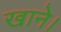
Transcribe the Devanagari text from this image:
खाने।